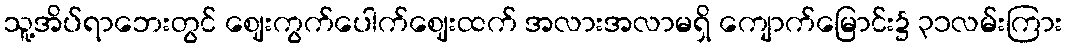
သူ့အိပ်ရာဘေးတွင် ဈေးကွက်ပေါက်ဈေးထက် အလားအလာမရှိ ကျောက်မြောင်း၌ ၃၁လမ်းကြား